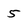
Character: 5